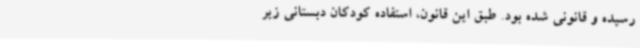
رسیده و قانونی شده بود. طبق این قانون، استفاده کودکان دبستانی زیر